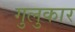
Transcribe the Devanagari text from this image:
गुलुकार